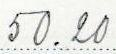
50.20